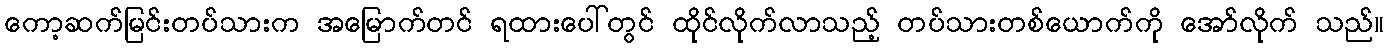
ကော့ဆက်မြင်းတပ်သားက အမြောက်တင် ရထားပေါ်တွင် ထိုင်လိုက်လာသည့် တပ်သားတစ်ယောက်ကို အော်လိုက် သည်။